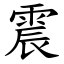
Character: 震